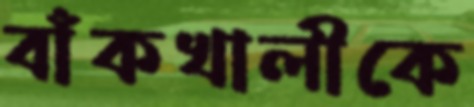
বাঁকখালীকে